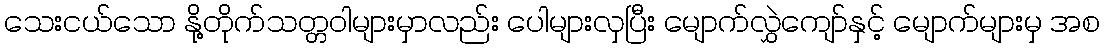
သေးငယ်သော နို့တိုက်သတ္တဝါများမှာလည်း ပေါများလှပြီး မျောက်လွှဲကျော်နှင့် မျောက်များမှ အစ